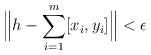
\begin{align*}\Big\|h-\sum_{i=1}^m[x_i,y_i]\Big\|<\epsilon\end{align*}